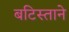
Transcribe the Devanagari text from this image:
बटिस्ताने